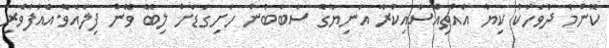
ކޮންމެ ދުވަހަކު ކިޔާ އެއްޗިއްސާއިކުރާ އަނިޔާގެ ސަބަބުން ހަށިގަޑަށް ލިބޭ ވޭން ފިލައެވެ.އެއުފާވެރި